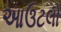
આઉટલો